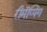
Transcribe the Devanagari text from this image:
रीमॅप्पिंग